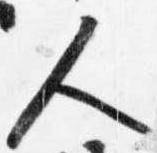
人